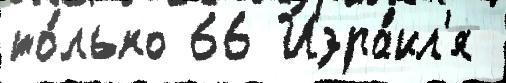
то́лько 66 Изра́ил'я